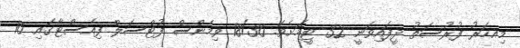
މިއހަރު ފުރުސަތު ދީފައިވަނީ 32 ޓީމަށެވެ. 18/30 ވިމެންސް ފުޓްސަލް ފިއެސްޓާގައި 16